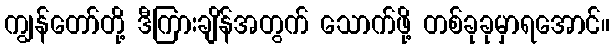
ကျွန်တော်တို့ ဒီကြားချိန်အတွက် သောက်ဖို့ တစ်ခုခုမှာရအောင်။